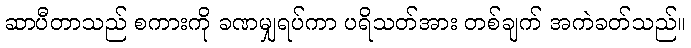
ဆာပီတာသည် စကားကို ခဏမျှရပ်ကာ ပရိသတ်အား တစ်ချက် အကဲခတ်သည်။